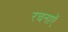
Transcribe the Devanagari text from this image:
रचनाऍ